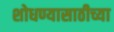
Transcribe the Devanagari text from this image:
शोधण्यासाठीच्या